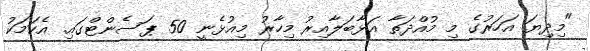
"މިދިޔަ އަހަރުގެ މި މުއްދަތާ އަޅާބަލާއިރު މިހާރު މިއުޅެނީ 50 ޕަސެންޓްގައި. އެކަމަކު